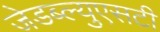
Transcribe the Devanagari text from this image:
जेडब्ल्युएसटी